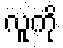
လူကို